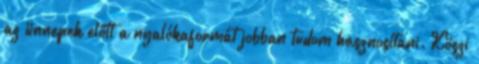
az ünnepek előtt a nyalókaformát jobban tudom hasznosítani. Köszi